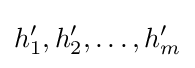
h'_{1},h'_{2},\dots ,h'_{m}